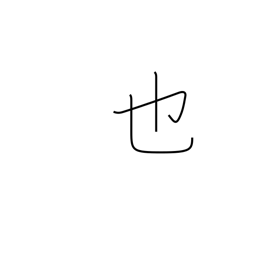
Meaning: to be (classical)